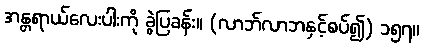
အန္တရာယ်လေးပါးကို ခွဲပြခန်း။ (လာဘ်လာဘနှင့်စပ်၍) ၁၅၇။